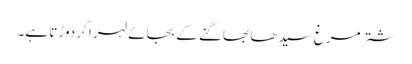
شتر مرغ سیدھا بھاگنے کے بجائے لہرا کر دوڑتا ہے۔